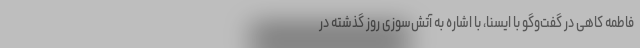
فاطمه کاهی در گفت‌وگو با ایسنا، با اشاره به آتش‌سوزی روز گذشته در